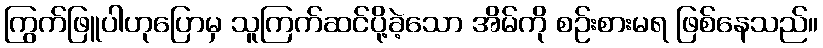
ကြွက်ဖြူပါဟုပြောမှ သူကြက်ဆင်ပို့ခဲ့သော အိမ်ကို စဉ်းစားမရ ဖြစ်နေသည်။